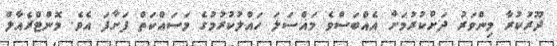
ދޫރުކުރާ މިންވަރު ދަށްކުރުމަށް އެއްބަސްވެ މައްސަލަ ހައްލުކުރުމުގެ މަސައްކަތް ފަށާފަ އެވެ. މޮންޓްރެއާލް